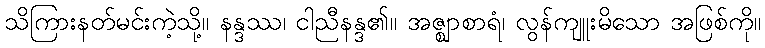
သိကြားနတ်မင်းကဲ့သို့။ နန္ဒဿ၊ ငါညီနန္ဒ၏။ အဇ္ဈာစာရံ၊ လွန်ကျူးမိသော အဖြစ်ကို။